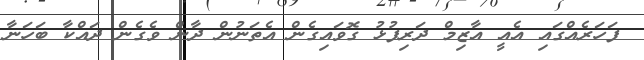
ފަހަރެއްގައި އެއީ އާޒިމް ދަރިފުޅު ގޮވައިގެން އެތަނުން ދާން ވެގެން ދައްކާ ބަހަނާ